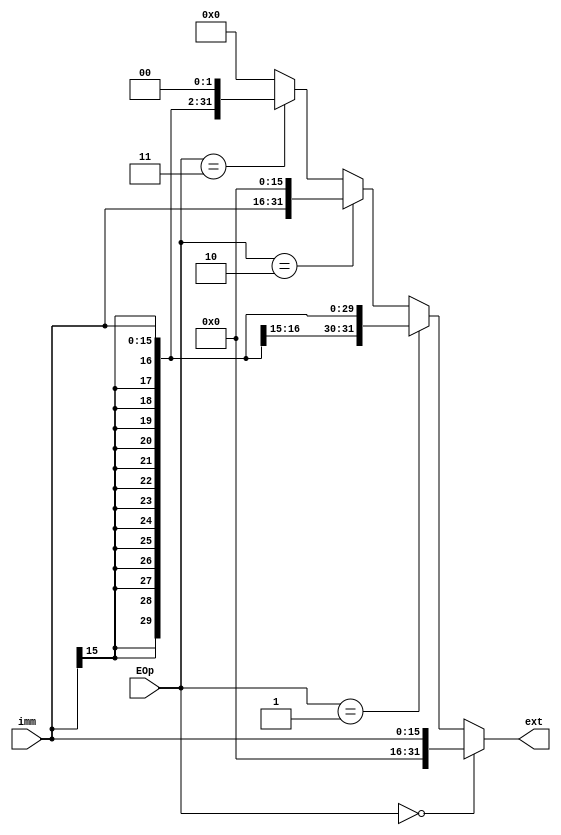
`timescale 1ns / 1ps
module EXT(
    input [15:0] imm,
    input [1:0] EOp,
    output [31:0] ext
    );

assign ext=(EOp==2'b00)?{{16{1'b0}},imm}:
			(EOp==2'b01)?{{16{imm[15]}},imm}:
			(EOp==2'b10)?{imm,16'b0}:
			(EOp==2'b11)?{{14{imm[15]}},imm,{2{1'b0}}}:0;
endmodule